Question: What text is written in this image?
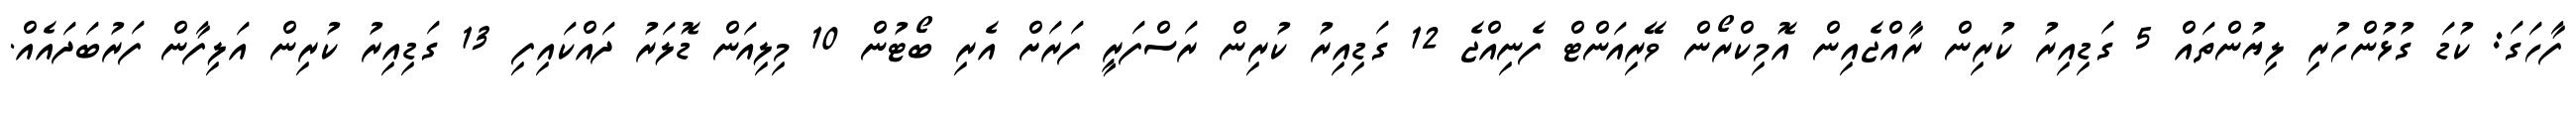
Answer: ފާހަގަ: ކުޑަ ގުޅުންހުރި ލިޔުންތައް 5 ގަޑިއިރު ކުރިން ރާއްޖެއިން އޮމިކްރޯން ވޭރިއަންޓް ފެނިއްޖެ 12 ގަޑިއިރު ކުރިން ރަސްފަރީ ފަރަށް އެރި ބޯޓުން 10 މިލިއަން ޑޮލަރު ދައްކައިފި 13 ގަޑިއިރު ކުރިން އަލިފާން ފަރުބަދައެއް.